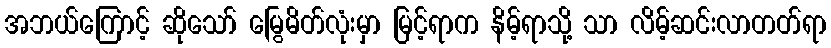
အဘယ်ကြောင့် ဆိုသော် မြွေမိတ်လုံးမှာ မြင့်ရာက နိမ့်ရာသို့ သာ လိမ့်ဆင်းလာတတ်ရာ